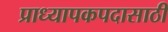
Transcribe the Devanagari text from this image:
प्राध्यापकपदासाठी